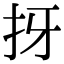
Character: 㧎